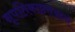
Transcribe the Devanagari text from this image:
नृपतिकाष्ठसञ्जागरे